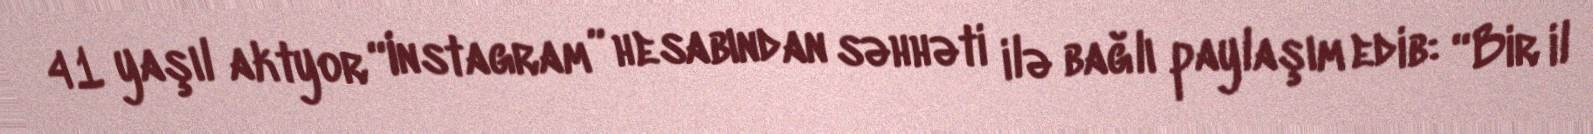
41 yaşıl aktyor “Instagram” hesabından səhhəti ilə bağlı paylaşım edib: “Bir il